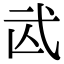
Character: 𢎁